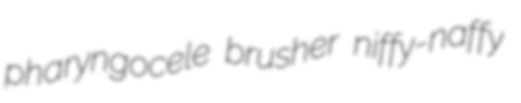
pharyngocele brusher niffy-naffy